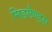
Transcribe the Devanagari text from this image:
मिडलैण्ड्स